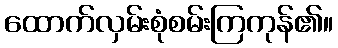
ထောက်လှမ်းစုံစမ်းကြကုန်၏။